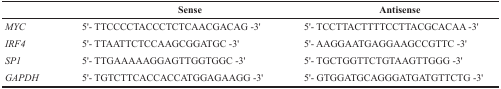
|  | Sense | Antisense |
 | --- | --- | --- |
 | MYC | 5′- TTCCCCTACCCTCTCAACGACAG -3′ | 5′- TCCTTACTTTTCCTTACGCACAA -3′ |
 | IRF4 | 5′- TTAATTCTCCAAGCGGATGC -3′ | 5′- AAGGAATGAGGAAGCCGTTC -3′ |
 | SP1 | 5′- TTGAAAAAGGAGTTGGTGGC -3′ | 5′- TGCTGGTTCTGTAAGTTGGG -3′ |
 | GAPDH | 5′- TGTCTTCACCACCATGGAGAAGG -3′ | 5′- GTGGATGCAGGGATGATGTTCTG -3′ |